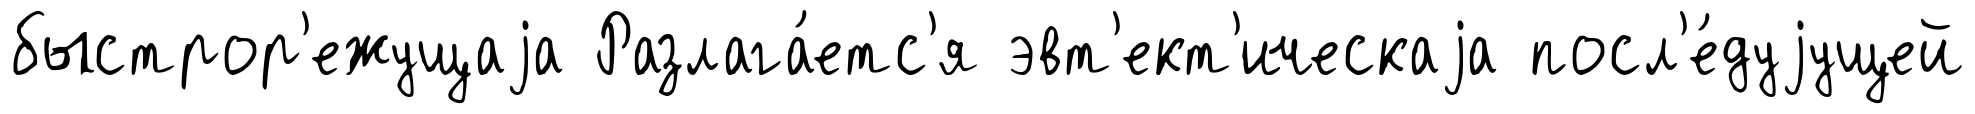
быстрор'ежущаjа Разлага́етс'я эвт'ект'ическаjа посл'е́дуjущей